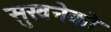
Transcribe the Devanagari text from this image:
सुखनेको